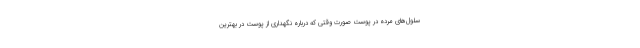
سلول‌های مرده در پوست صورت وقتی که درباره نگهداری از پوست در بهترین